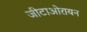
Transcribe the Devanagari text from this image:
जीटाओरायन